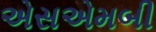
એસએમબી